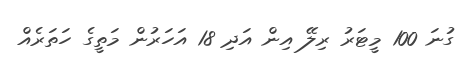
ގުނަ 100 މީޓަރު ރިލޭ އިން އަދި 18 އަހަރުން މަތީގެ ހަތަރެއް